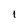
Character: 1